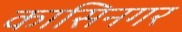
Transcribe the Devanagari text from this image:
कासिनगर